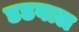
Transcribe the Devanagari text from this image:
डडवाल